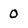
Character: 0